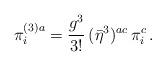
LaTeX: \begin{align*}\pi_i^{(3)a}=\frac{g^3}{3!}\,(\bar\eta^3)^{ac}\,\pi_i^c\,.\end{align*}